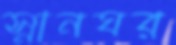
স্নানঘর